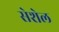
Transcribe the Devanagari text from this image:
सेशेल